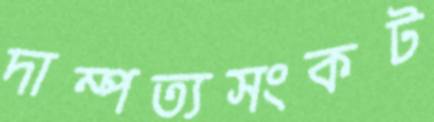
দাম্পত্যসংকট